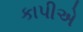
કાપીએ